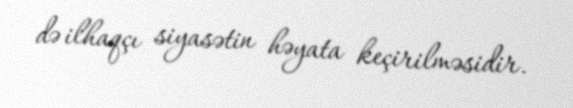
də ilhaqçı siyasətin həyata keçirilməsidir.